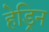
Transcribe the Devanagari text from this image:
हेड्रिन